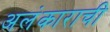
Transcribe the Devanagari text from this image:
अलंकाराची